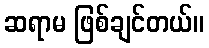
ဆရာမ ဖြစ်ချင်တယ်။